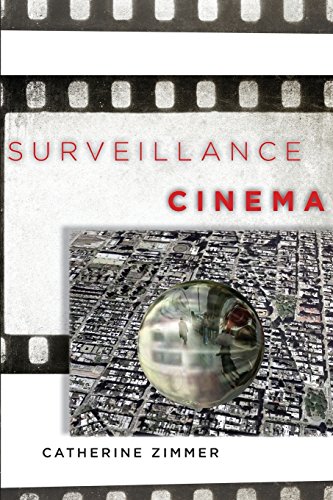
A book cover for Surveillance Cinema (Postmillennial Pop); Catherine Zimmer; Law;